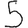
Digit: 5